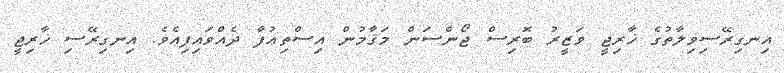
އިނގިރޭސިވިލާތުގެ ޚާރިޖީ ވަޒީރު ބޮރިސް ޖޯންސަން މަޤާމުން އިސްތިޢުފާ ދެއްވައިފިއެވެ. އިނގިރޭސި ޚާރިޖީ